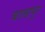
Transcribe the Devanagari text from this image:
बालापुर